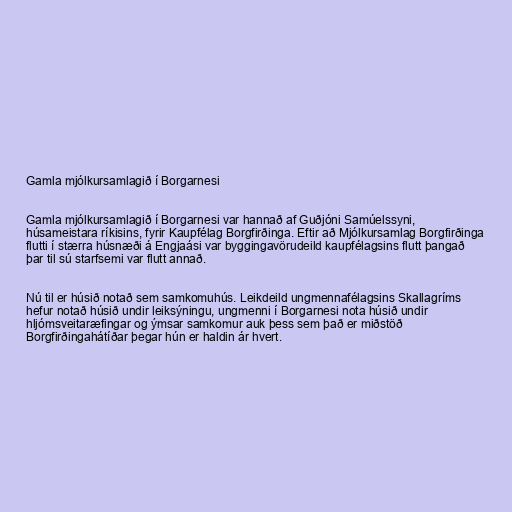
Gamla mjólkursamlagið í Borgarnesi

Gamla mjólkursamlagið í Borgarnesi var hannað af Guðjóni Samúelssyni,
húsameistara ríkisins, fyrir Kaupfélag Borgfirðinga. Eftir að Mjólkursamlag Borgfirðinga
flutti í stærra húsnæði á Engjaási var byggingavörudeild kaupfélagsins flutt þangað
þar til sú starfsemi var flutt annað.

Nú til er húsið notað sem samkomuhús. Leikdeild ungmennafélagsins Skallagríms
hefur notað húsið undir leiksýningu, ungmenni í Borgarnesi nota húsið undir
hljómsveitaræfingar og ýmsar samkomur auk þess sem það er miðstöð
Borgfirðingahátíðar þegar hún er haldin ár hvert.